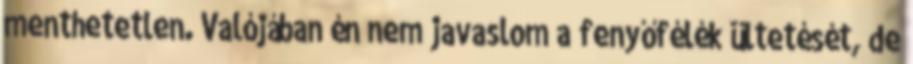
menthetetlen. Valójában én nem javaslom a fenyőfélék ültetését, de